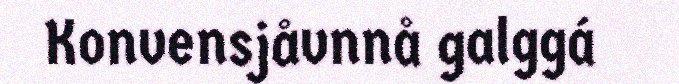
Konvensjåvnnå galggá